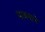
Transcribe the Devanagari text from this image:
माक्सने